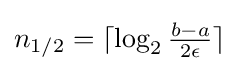
n_{1/2}=\lceil \log _{2}{\tfrac {b-a}{2\epsilon }}\rceil